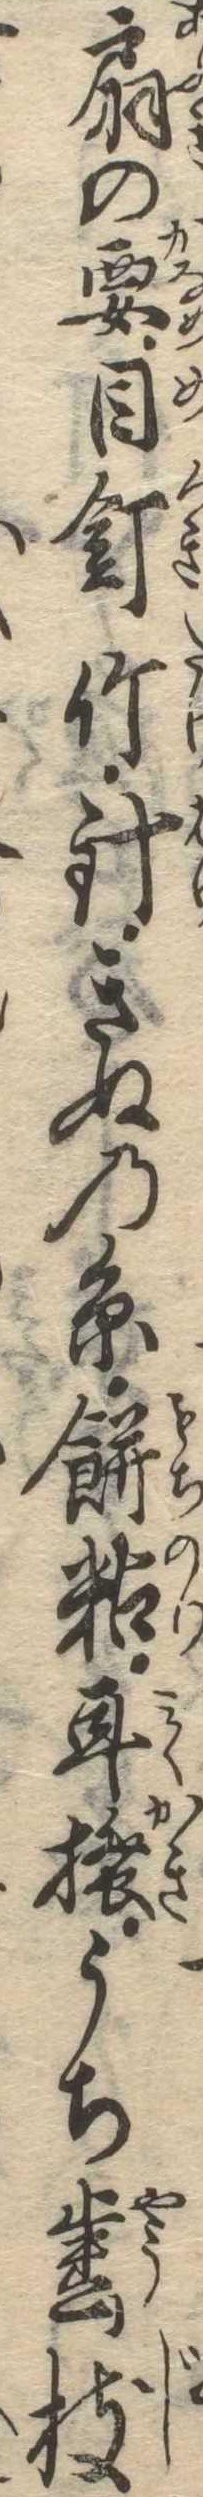
扇の要目釘竹針きぬの糸餅粘耳掻うち歯枝